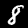
Label: 8